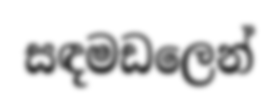
සඳමඩලෙන්